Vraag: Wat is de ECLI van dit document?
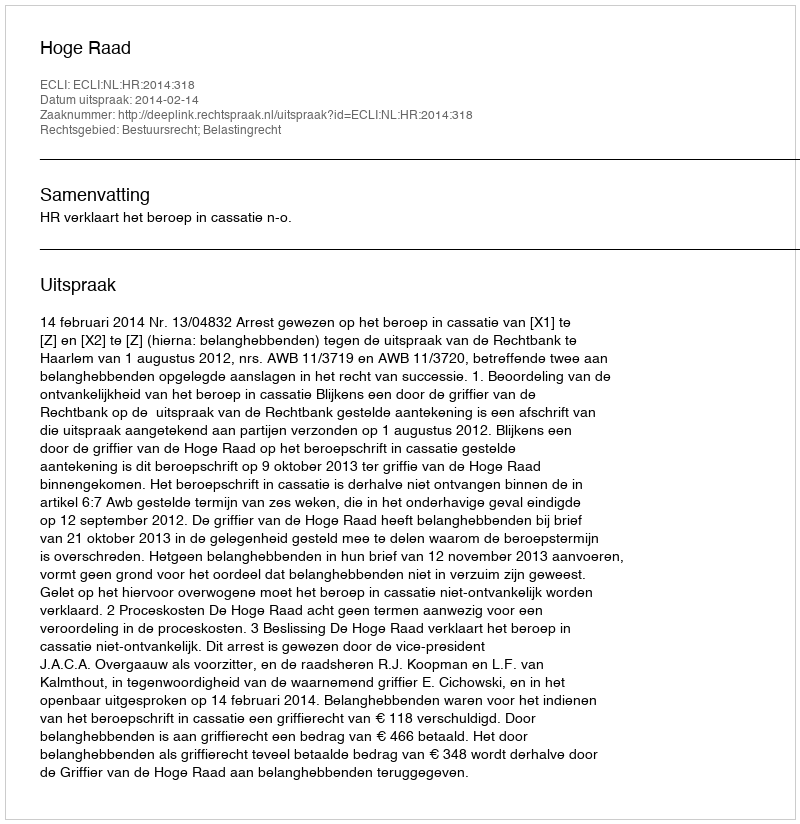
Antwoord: ECLI:NL:HR:2014:318